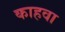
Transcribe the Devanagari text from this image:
काहवा